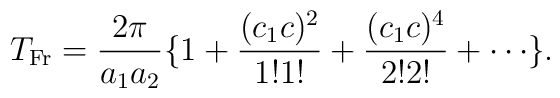
T_{\rm Fr} = \frac{2\pi}{a_1a_2}\{1+\frac{(c_1c)^2}{1!1!}+\frac{(c_1c)^4}{2!2!}+\cdots\}.